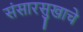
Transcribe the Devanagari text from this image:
संसारसुखाचे